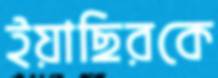
ইয়াছিরকে